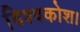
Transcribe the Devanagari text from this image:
विश्वकोश।